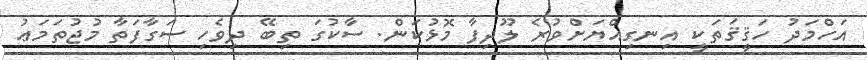
އަހްމަދު ހަޤީޤަތަކީ އިނގިއްޔަށްވުރެ ލޫދިފާ މޮޅުކަން. ސާކުގަ ތިބޭ ދިވެހި ސަގާފަތާ މުޖުތަމަޢު